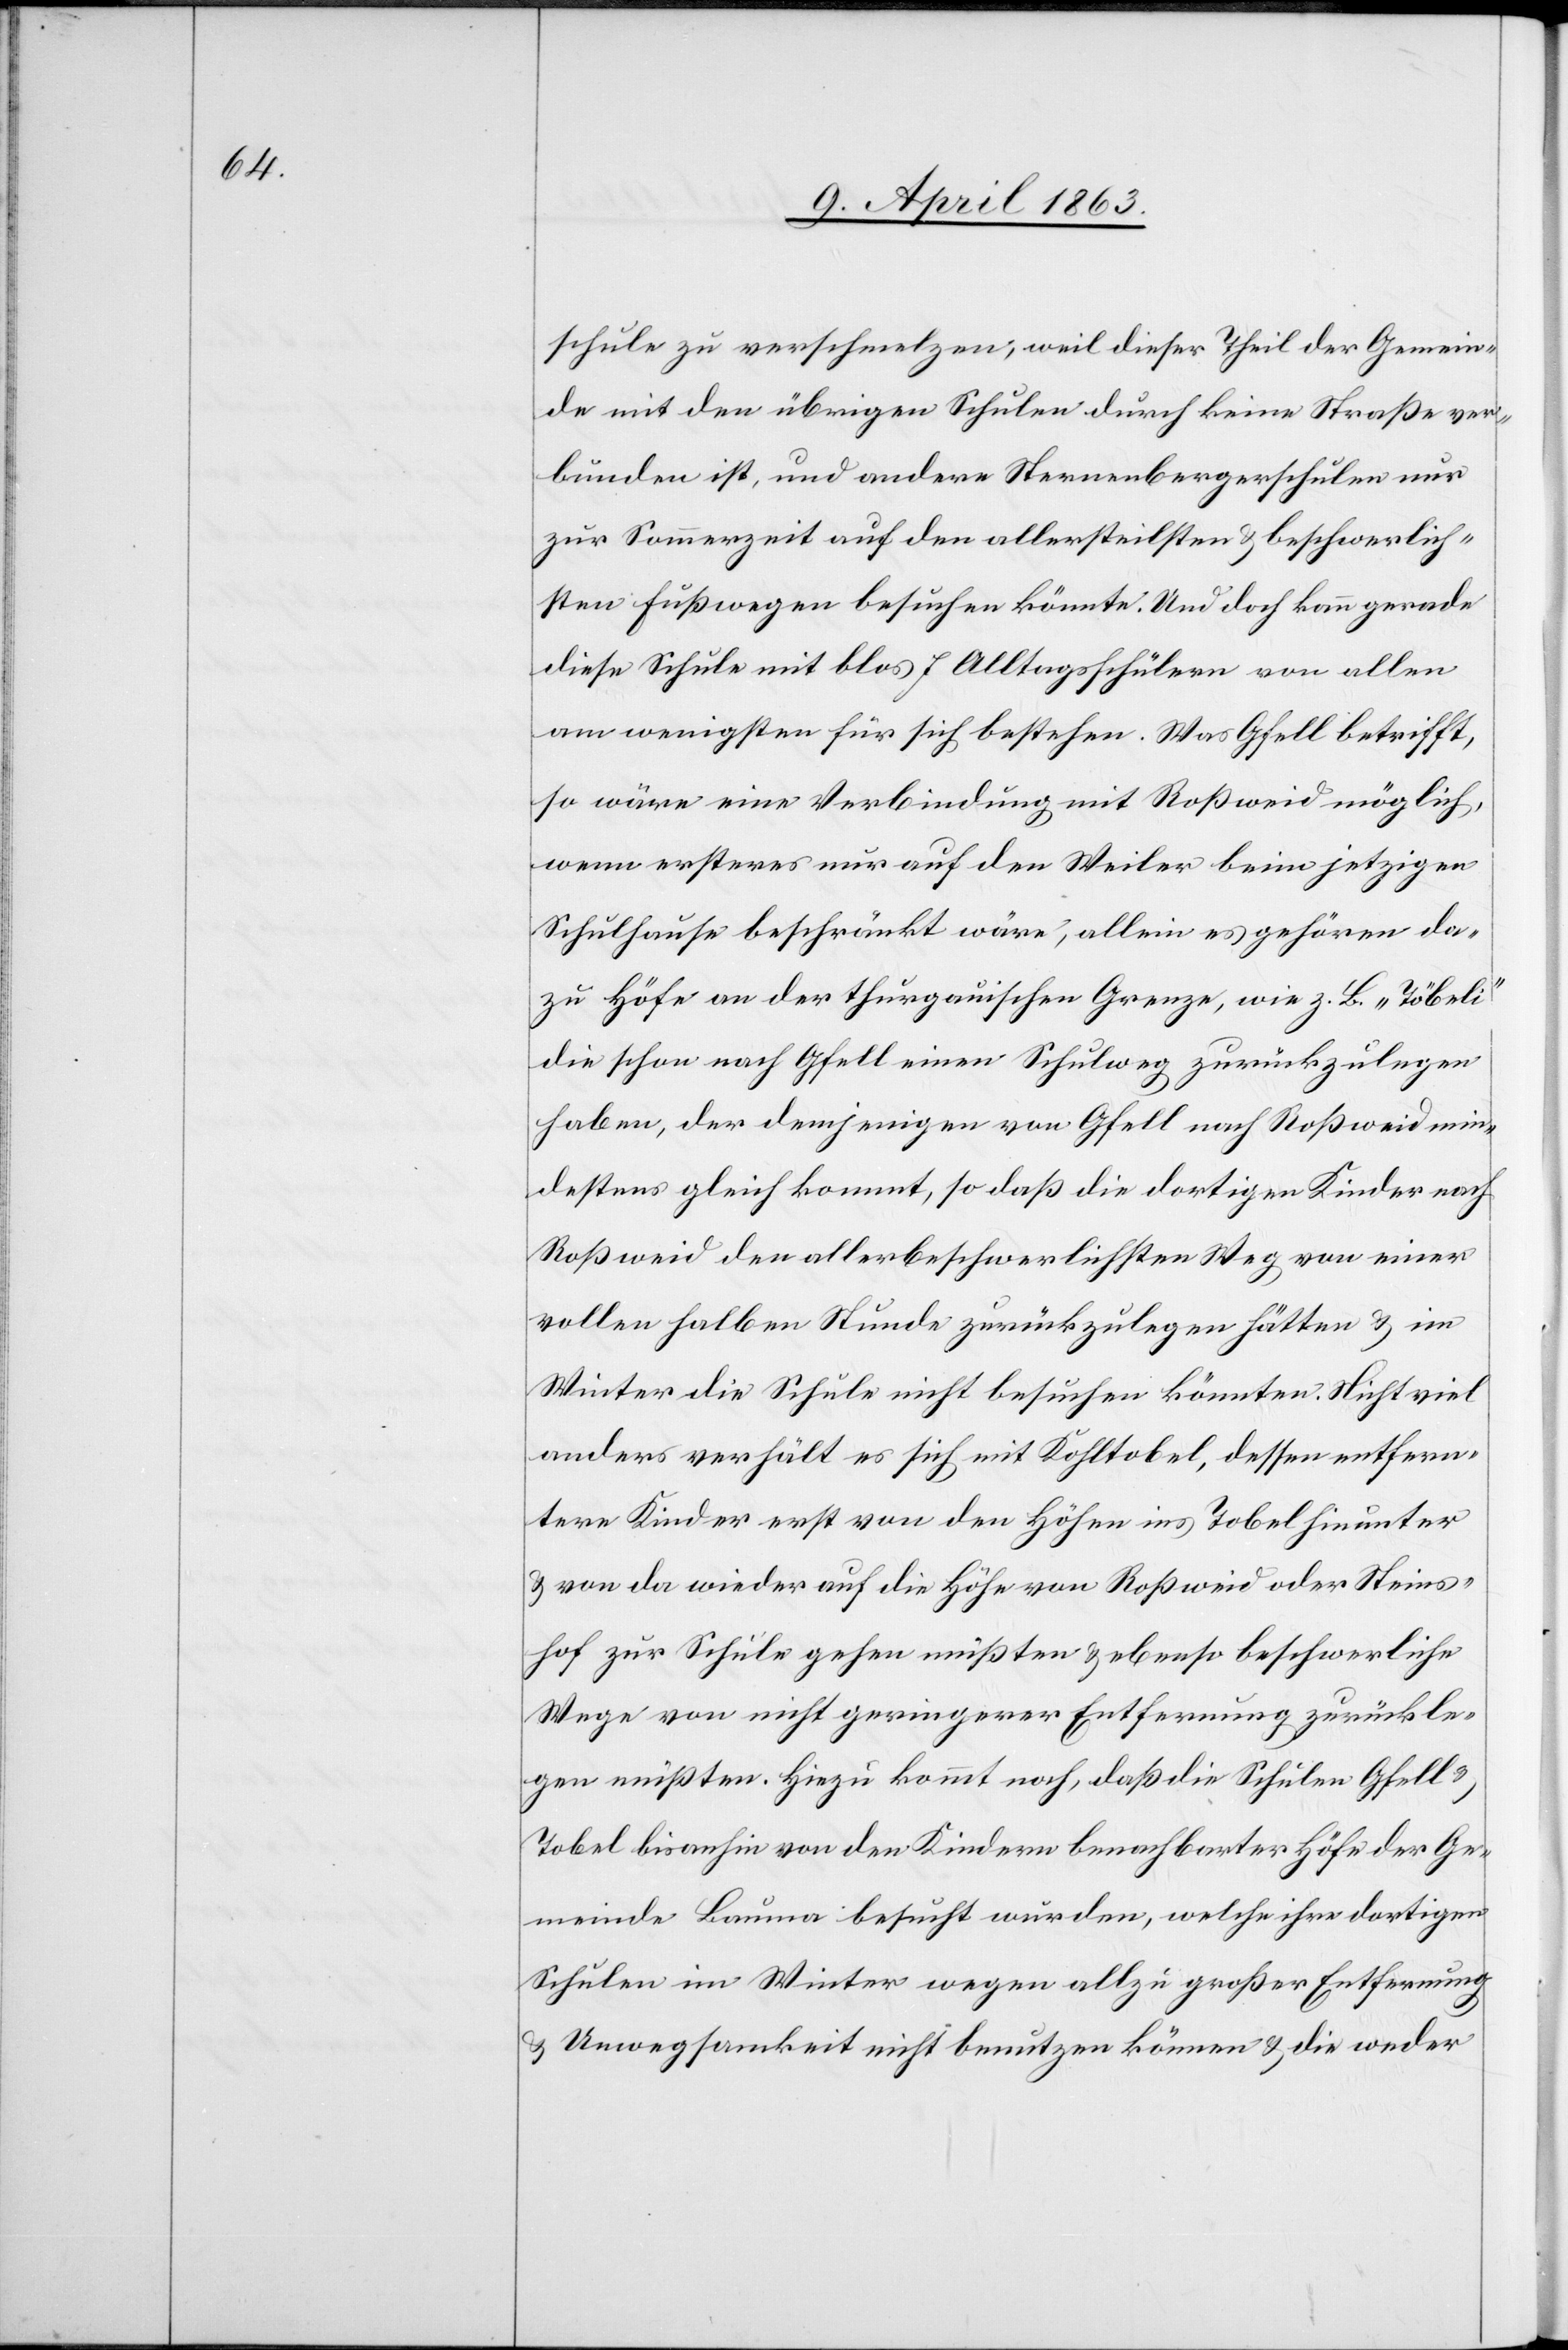
schule zu verschmelzen, weil dieser Theil der Gemein¬
de mit den übrigen Schulen durch keine Straße ver¬
bunden ist, und andere Sternenbergerschulen nur
zur Sommerzeit auf den allersteilsten & beschwerlich¬
sten Fußwegen besuchen könnte. Und doch kann gerade
diese Schule mit blos 7 Alltagsschülern von allen
am wenigsten für sich bestehen. Was Gfell betrifft,
so wäre eine Verbindung mit Roßweid möglich,
wenn ersteres nur auf den Weiler beim jetzigen
Schulhause beschränkt wäre, allein es gehören da¬
zu Höfe an der thurgauischen Grenze, wie z. B. „Töbeli“
die schon nach Gfell einen Schulweg zurückzulegen
haben, der demjenigen von Gfell nach Roßweid min¬
destens gleich kommt, so daß die dortigen Kinder nach
Roßweid den allerbeschwerlichsten Weg von einer
vollen halben Stunde zurückzulegen hätten & im
Winter die Schule nicht besuchen könnten. Nicht viel
anders verhält es sich mit Kohltobel, dessen entfern¬
tere Kinder erst von den Höhen ins Tobel hinunter
& von da wieder auf die Höhe von Roßweid oder Steins¬
hof zur Schule gehen müßten & ebenso beschwerliche
Wege von nicht geringerer Entfernung zurück le¬
gen müßten. Hiezu kommt noch, daß die Schulen Gfell &
Tobel bisanhin von den Kindern benachbarter Höfe der Ge¬
meinde Bauma besucht würden, welche ihre dortigen
Schulen im Winter wegen allzu großer Entfernung
& Unwegsamkeit nicht benutzen können & die weder